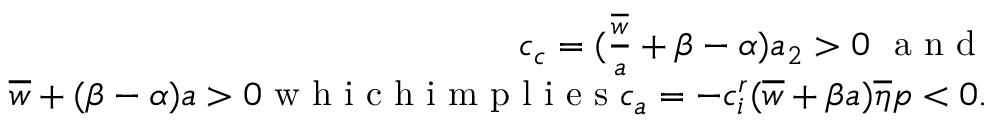
\begin{array} { r } { c _ { c } = ( \frac { \overline { w } } { a } + \beta - { \alpha } ) a _ { 2 } > 0 \ \mathrm { ~ a ~ n ~ d ~ } } \\ { \overline { w } + ( \beta - { \alpha } ) a > 0 \mathrm { ~ w ~ h ~ i ~ c ~ h ~ i ~ m ~ p ~ l ~ i ~ e ~ s ~ } c _ { a } = - c _ { i } ^ { r } ( \overline { w } + \beta a ) \overline { \eta } p < 0 . } \end{array}